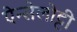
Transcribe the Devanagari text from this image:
ऐन्सेलोट्टी